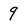
Character: 9